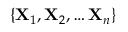
\{ \mathbf { X } _ { 1 } , \mathbf { X } _ { 2 } , \dots \mathbf { X } _ { n } \}